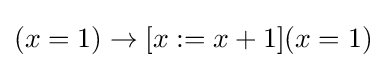
(x=1)\to [x:=x+1](x=1)\,\!